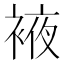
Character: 䘸